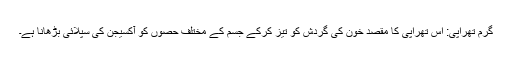
گرم تھراپی: اس تھراپی کا مقصد خون کی گردش کو تیز کرکے جسم کے مختلف حصوں کو آکسیجن کی سپلائی بڑھانا ہے۔